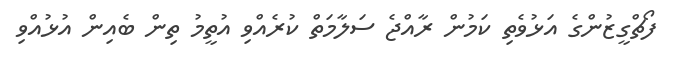
ފޯޗްގީޒުންގެ އަޅުވެތި ކަމުން ރާއްޖެ ސަލާމަތް ކުރެއްވި އުތީމު ތިން ބެއިން އުޅުއްވި